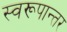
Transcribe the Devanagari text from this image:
स्वरूपान्तर